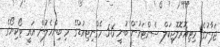
ޖަޕާނުގެ މިޓިއޮރޮލޮޖިކަލް ސެންޓަރުން ބުނީ 5.6 މެގްނިޓިއުޑްގެ މި ބިންހެލުން އައީ ޓޯކިޔޯގެ